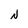
Character: N